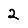
Digit: 2